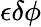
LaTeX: \epsilon\delta\phi